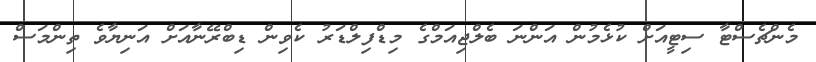
މެންޗެސްޓާ ސިޓީއަށް ކުޅެމުން އަންނަ ބެލްޖިއަމްގެ މިޑްފިލްޑަރު ކެވިން ޑިބްރޭނާއަށް އަނިޔާވެ ތިންމަސް